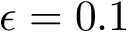
\epsilon = 0 . 1